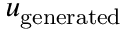
u _ { \mathrm { g e n e r a t e d } }